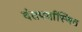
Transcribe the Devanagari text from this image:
दंतपर्यास्थित